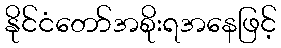
နိုင်ငံတော်အစိုးရအနေဖြင့်